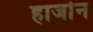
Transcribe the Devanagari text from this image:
हार्जान